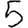
Digit: 5